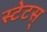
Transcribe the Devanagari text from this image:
स्टेटस्